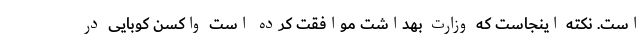
است. نکته اینجاست که وزارت بهداشت موافقت کرده است واکسن کوبایی در